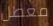
معطل